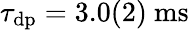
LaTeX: \tau_{\mathrm{dp}}=3.0(2)~\mathrm{ms}